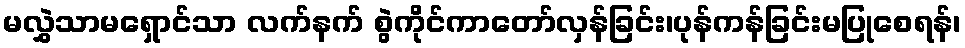
မလွှဲသာမရှောင်သာ လက်နက် စွဲကိုင်ကာတော်လှန်ခြင်း၊ပုန်ကန်ခြင်းမပြုစေရန်၊